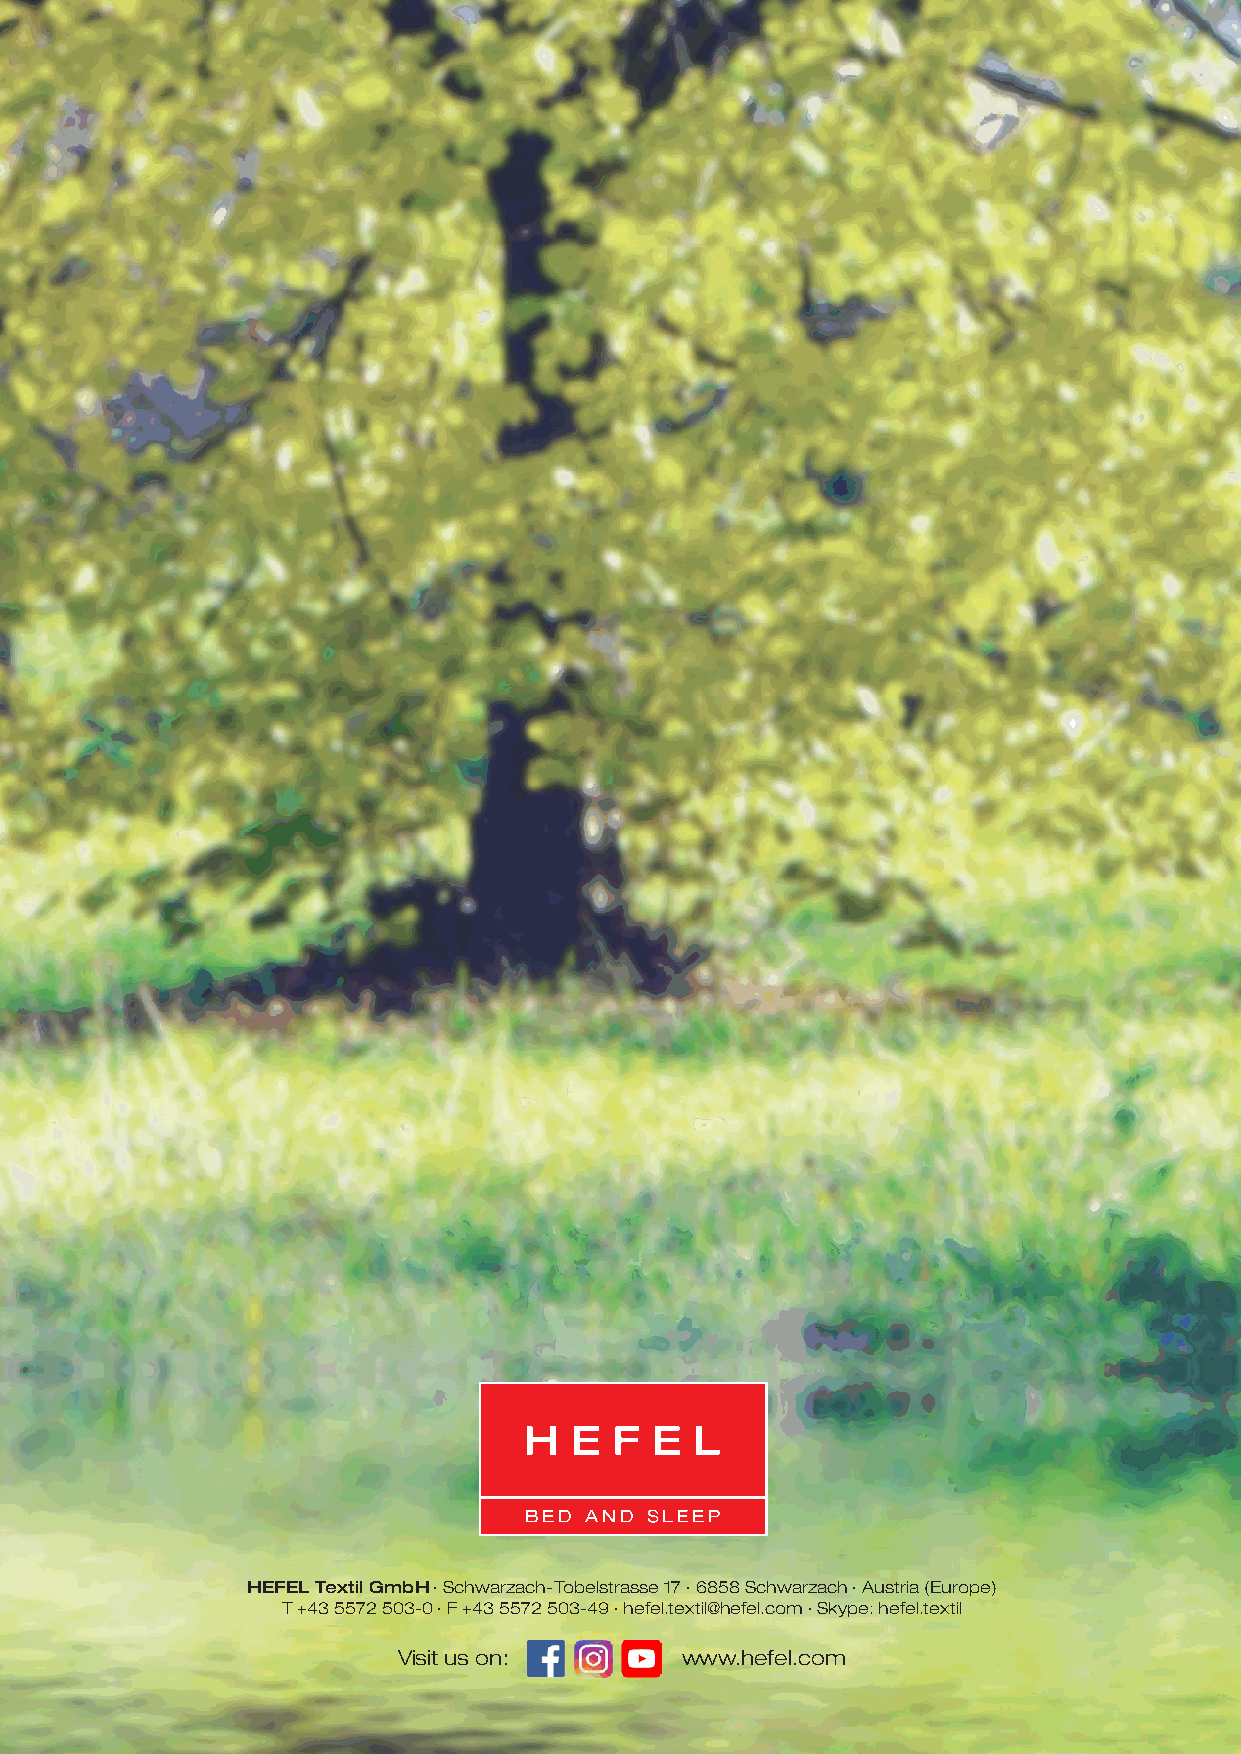
HEFEL Textil GmbH · Schwarzach-Tobelstrasse 17 · 6858 Schwarzach · Austria (Europe)
 T +43 5572 503-0 · F +43 5572 503-49 · hefel.textil@hefel.com · Skype: hefel.textil
 Visit us on:       www.hefel.com